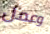
وعمل